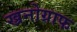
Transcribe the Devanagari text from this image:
ख्रनोग्राफ